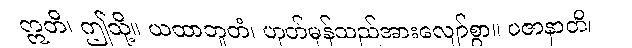
ဣတိ၊ ဤသို့။ ယထာဘူတံ၊ ဟုတ်မှန်သည်အားလျော်စွာ။ ပဇာနာတိ၊